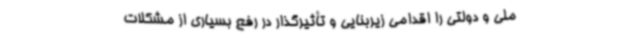
ملی و دولتی را اقدامی زیربنایی و تأثیرگذار در رفع بسیاری از مشکلات